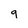
Character: 9